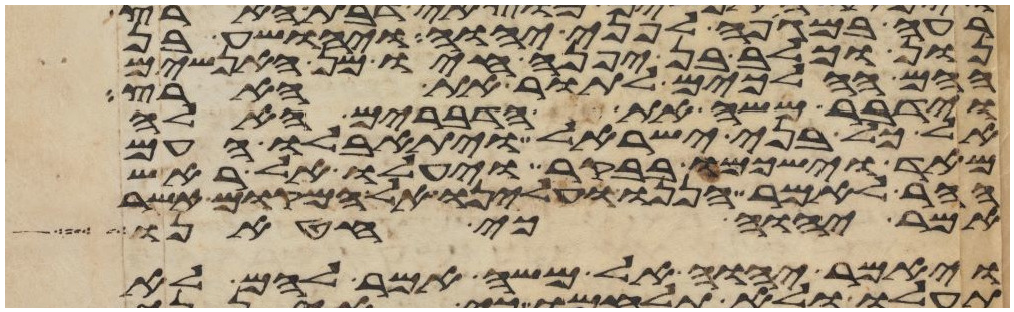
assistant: רעה במגפה לפני יהוה ויהושע בן
נון וכלב בן יפנה חיו מן האנשים
ההם ההלכים לתור את הארץ
וידבר משה את הדברים האלה
אל כל בני ישראל ויתאבלו העם
מאד וישכמו בבקר ויעלו אל ראש
ההר לאמר הננו ועלינו אל המקום אשר
אמר יהוה כי חטאנו
ויאמר יהוה אל משה אמר להם לא